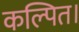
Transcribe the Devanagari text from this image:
कल्पित।